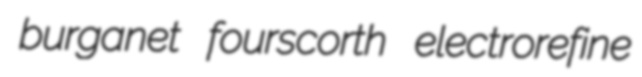
burganet fourscorth electrorefine